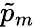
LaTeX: \tilde{p}_{m}